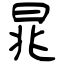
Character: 晁